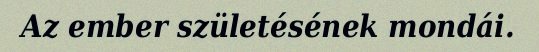
Az ember születésének mondái.